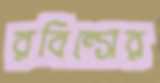
রবিন্সের